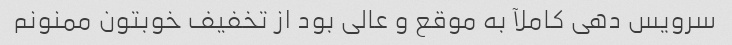
سرویس دهی کاملآ به موقع و عالی بود از تخفیف خوبتون ممنونم